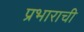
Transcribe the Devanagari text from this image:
प्रभाराची